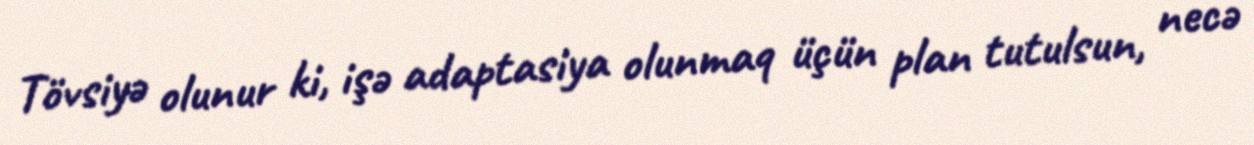
Tövsiyə olunur ki, işə adaptasiya olunmaq üçün plan tutulsun, necə